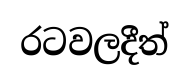
රටවලදීත්